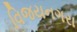
વિજયનગરા